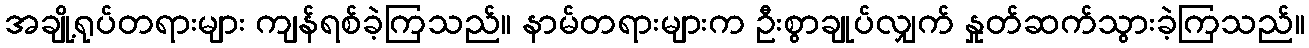
အချို့ရုပ်တရားများ ကျန်ရစ်ခဲ့ကြသည်။ နာမ်တရားများက ဦးစွာချုပ်လျှက် နှုတ်ဆက်သွားခဲ့ကြသည်။